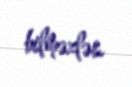
bilməzlər.